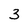
Character: 3